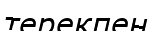
терекпен